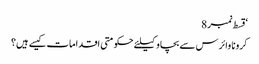
‘قسط نمبر 8
کرونا وائرس سے بچاو کیلئے حکومتی اقدامات کیسے ہیں؟